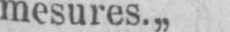
mesures.„